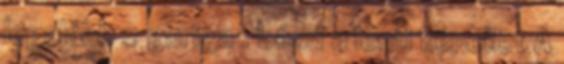
legalább 2 guriga . Lásd a lenti képeket A